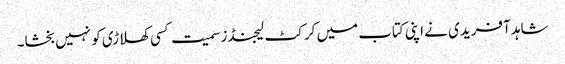
شاہد آفریدی نے اپنی کتاب میں کرکٹ لیجنڈز سمیت کسی کھلاڑی کو نہیں بخشا۔